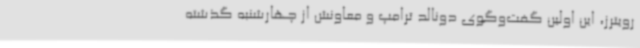
رویترز، این اولین گفت‌وگوی دونالد ترامپ و معاونش از چهارشنبه گذشته